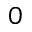
0